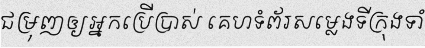
ជម្រុញឲ្យអ្នកប្រើប្រាស់ គេហទំព័រសម្លេងទីក្រុងទាំ